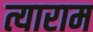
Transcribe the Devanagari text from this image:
त्याराम